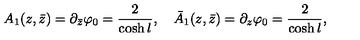
A _ { 1 } ( z , \bar { z } ) = \partial _ { \bar { z } } \varphi _ { 0 } = \frac { 2 } { \cosh { l } } , \quad \bar { A } _ { 1 } ( z , \bar { z } ) = \partial _ { z } \varphi _ { 0 } = \frac { 2 } { \cosh { l } } ,